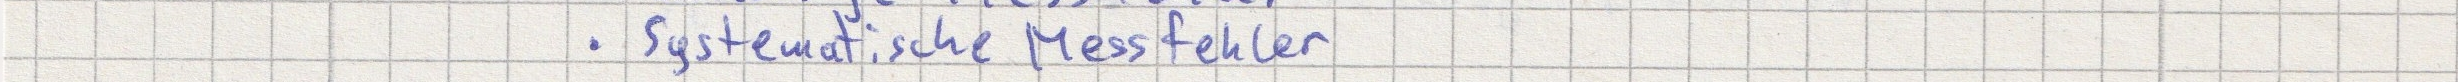
- Systematische Messfehler